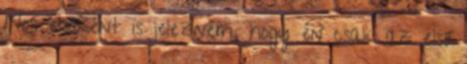
Nos elsőként is jelezném, hogy én csak az első